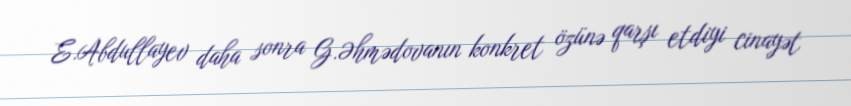
E.Abdullayev daha sonra G.Əhmədovanın konkret özünə qarşı etdiyi cinayət